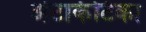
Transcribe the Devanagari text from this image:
अंटार्कटिका